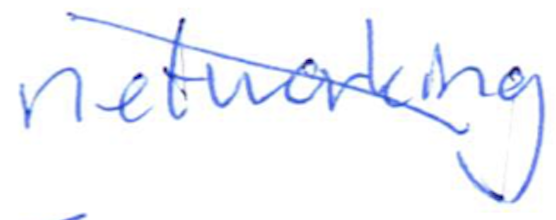
Text: networking
Cross-out: diagonal
Writing tool: ballpoint